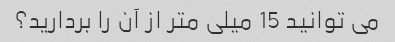
می توانید 15 میلی متر از آن را بردارید؟